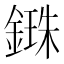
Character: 𨪥